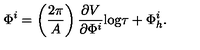
\Phi ^ { i } = \left( \frac { 2 \pi } { A } \right) \frac { \partial V } { \partial \Phi ^ { i } } \mathrm { l o g } \tau + \Phi _ { h } ^ { i } .